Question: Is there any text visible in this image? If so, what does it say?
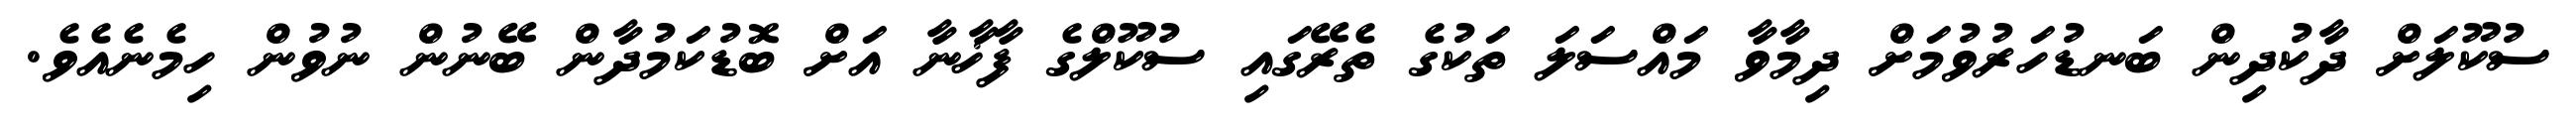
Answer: ސުކޫލަށް ދާކުދިން ބަނޑުހަރުވުމަށް ދިމާވާ މައްސަލަ ތަކުގެ ތެރޭގައި ސުކޫލްގެ ފާޚާނާ އަށް ބޮޑުކަމުދާން ބޭނުން ނުވުން ހިމެނެއެވެ.